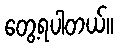
တွေ့ရပါတယ်။